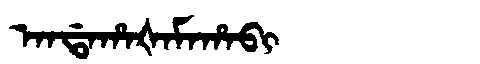
Manchu: ᠠᠨᡩᠠᡥᠠᡧᠠᠮᠠᡥᠠᠪᡳ
Romanization: ANDAHAŠAMAHABI